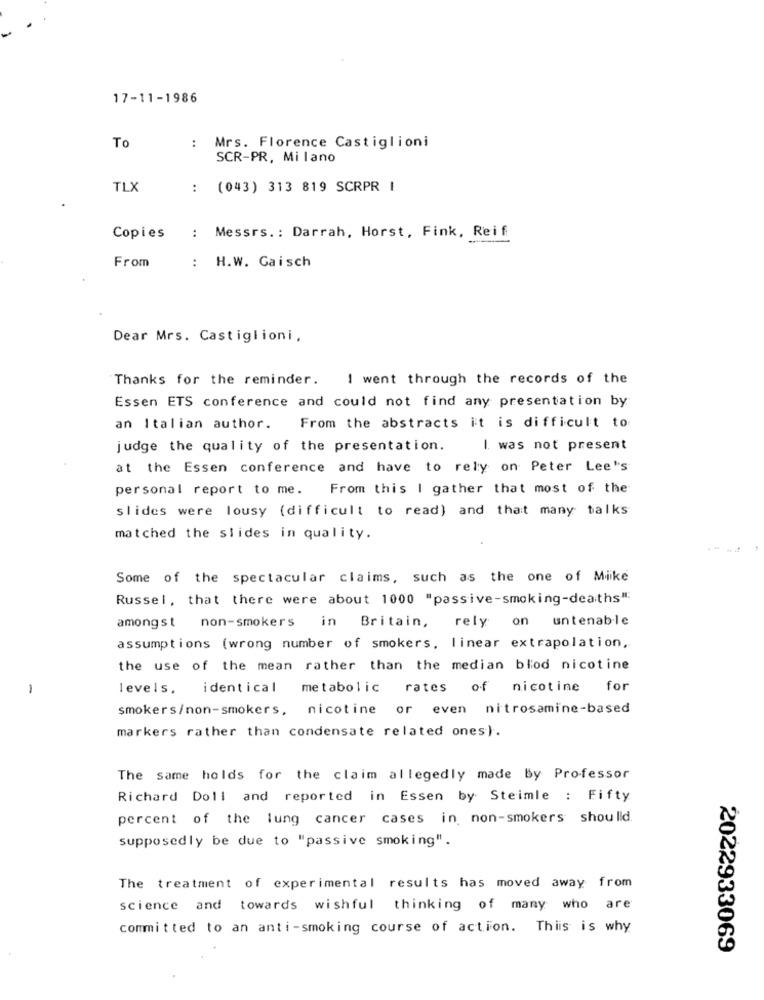
17-11-1986
To
:
Mrs. Florence Castiglioni
SCR-PR, Milano
TLX
(043) 313 819 SCRPR |
..
Messrs. : Darrah, Horst, Fink, Reif
Copies
:
From
: H.W. Gaisch
Dear Mrs. Castiglioni,
Thanks for the reminder. I went through the records of the
Essen ETS conference and could not find any presentation by
an Italian author.
From the abstracts it is difficult to
judge the quality of the presentation.
I was not present
at the Essen conference and have to rely on Peter Lee's
personal report to me.
From this I gather that most of the
slides were lousy (difficult to read) and that many talks
matched the slides in quality.
Some of the spectacular claims, such as the one of Mike
Russel, that there were about 1000 "passive-smoking-deaths"
amongst non-smokers in Britain, rely on untenable
assumptions (wrong number of smokers, linear extrapolation,
the use of the mean rather than the median blod nicotine
levels, identical
metabolic rates of nicotine for
smokers/non-smokers, nicotine or even nitrosamine-based
markers rather than condensate related ones).
The same holds for the claim allegedly made By Professor
Richard Doll and reported in Essen by Steimle : Fifty
percent of the lung cancer cases in non-smokers should.
supposedly be due to "passive smoking".
The treatment of experimental results has moved away from
science and towards wishful thinking of many who are
committed to an anti-smoking course of action. This is why
2022933069